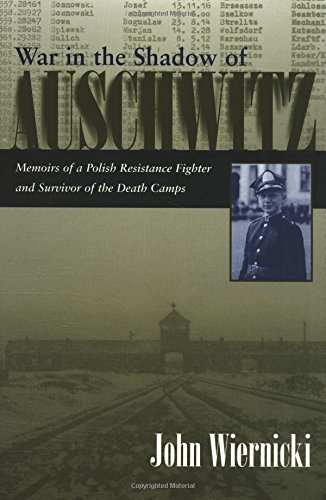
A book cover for War in the Shadow of Auschwitz: Memoirs of a Polish Resistance Fighter and Survivor of the Death Camps (Religion, Theology and the Holocaust); John Wiernicki; History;